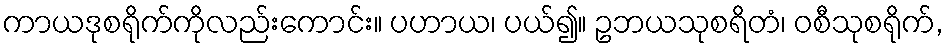
ကာယဒုစရိုက်ကိုလည်းကောင်း။ ပဟာယ၊ ပယ်၍။ ဥဘယသုစရိတံ၊ ဝစီသုစရိုက်,